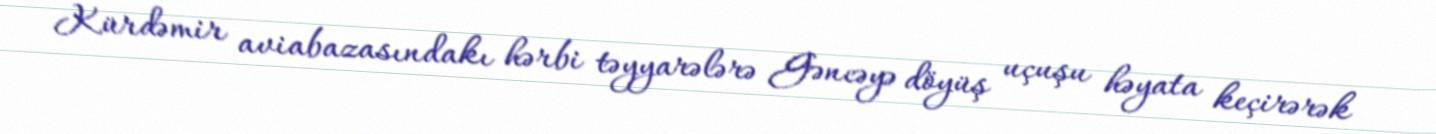
Kürdəmir aviabazasındakı hərbi təyyarələrə Gəncəyə döyüş uçuşu həyata keçirərək